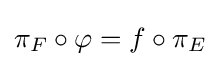
\pi _{F}\circ \varphi =f\circ \pi _{E}